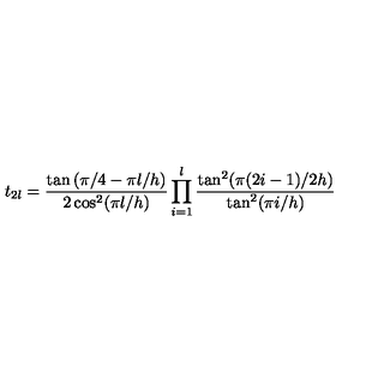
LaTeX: t _ { 2 l } = \frac { \tan \left( \pi / 4 - \pi l / h \right) } { 2 \cos ^ { 2 } ( \pi l / h ) } \prod _ { i = 1 } ^ { l } \frac { \tan ^ { 2 } ( \pi ( 2 i - 1 ) / 2 h ) } { \tan ^ { 2 } ( \pi i / h ) }